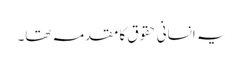
یہ انسانی حقوق کا مقدمہ تھا۔